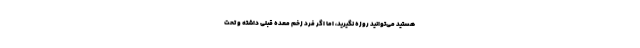
هستید می‌توانید روزه نگیرید، اما اگر فرد زخم معده قبلی داشته و تحت